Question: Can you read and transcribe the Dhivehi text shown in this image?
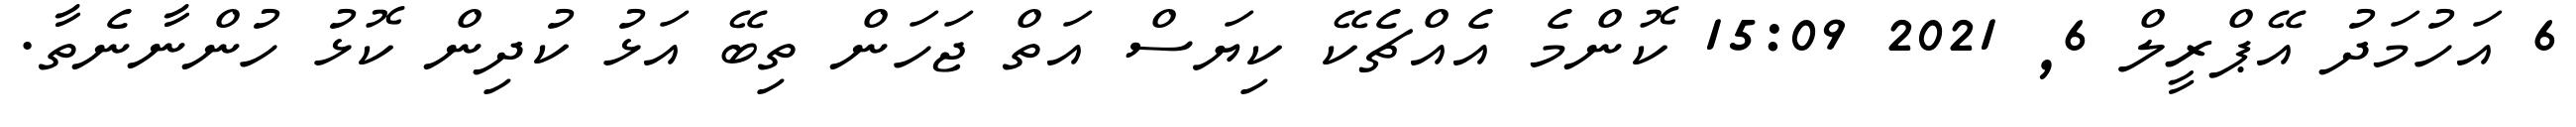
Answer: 6 އަހުމަދު އޭޕްރީލް 6, 2021 15:09 ކޮންމެ އެއްޗެކޭ ކިޔަސް އަތް ޖަހަން ތިބޭ އަޅު ކުދިން ކޮޅު ހުންނާނެތާ.